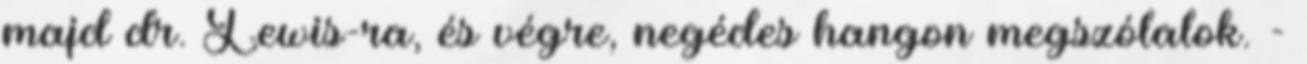
majd dr. Lewis-ra, és végre, negédes hangon megszólalok. -